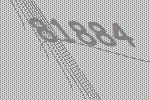
81884